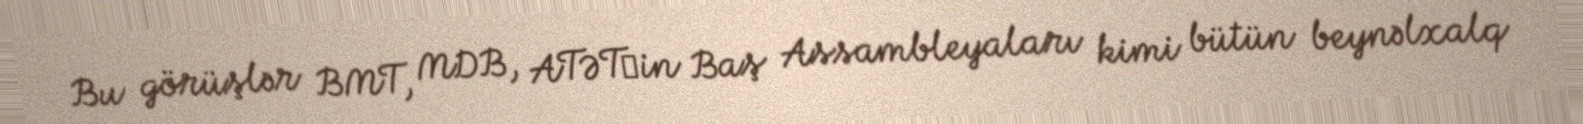
Bu görüşlər BMT, MDB, ATƏT‐in Baş Assambleyaları kimi bütün beynəlxalq